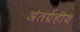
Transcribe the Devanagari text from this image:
अंतर्ग्रहीय